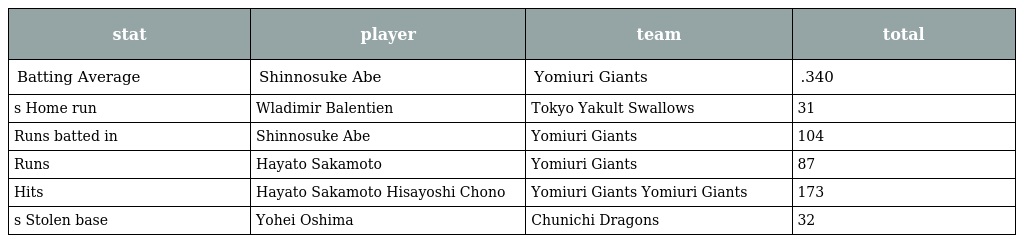
| stat | player | team | total |
 | --- | --- | --- | --- |
 | Batting Average | Shinnosuke Abe | Yomiuri Giants | .340 |
 | s Home run | Wladimir Balentien | Tokyo Yakult Swallows | 31 |
 | Runs batted in | Shinnosuke Abe | Yomiuri Giants | 104 |
 | Runs | Hayato Sakamoto | Yomiuri Giants | 87 |
 | Hits | Hayato Sakamoto Hisayoshi Chono | Yomiuri Giants Yomiuri Giants | 173 |
 | s Stolen base | Yohei Oshima | Chunichi Dragons | 32 |